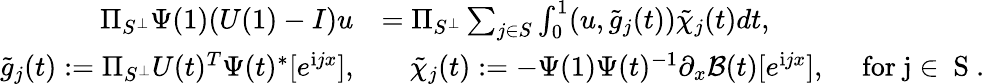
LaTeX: \begin{array}{rl}{\Pi_{S^{\perp}}\Psi(1)(U(1)-I)u}&{=\Pi_{S^{\perp}}\sum_{j\in S}\int_{0}^{1}(u,\tilde{g}_{j}(t))\tilde{\chi}_{j}(t)dt,}\\ {\tilde{g}_{j}(t):=\Pi_{S^{\perp}}U(t)^{T}\Psi(t)^{*}[e^{\mathrm{i}jx}],}&{\quad\tilde{\chi}_{j}(t):=-\Psi(1)\Psi(t)^{-1}\partial_{x}\mathcal{B}(t)[e^{\mathrm{i}jx}],\quad\mathrm{~for~j\in~S~}.}\end{array}